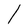
Character: l